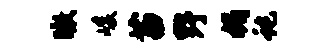
瞰峻苗野媚蛇